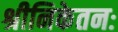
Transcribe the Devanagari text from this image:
श्रीनिकेतनः